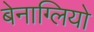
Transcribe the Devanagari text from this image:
बेनाग्लियो